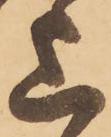
上